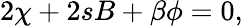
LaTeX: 2\chi+2sB+\beta\phi=0,